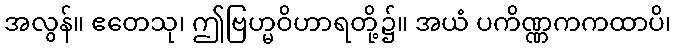
အလွန်။ ဧတေသု၊ ဤဗြဟ္မဝိဟာရတို့၌။ အယံ ပကိဏ္ဏကကထာပိ၊